Sanitation, dispensaries and jails vaccination Rajputana 1922-1927 - 1922-1927
Year: 1922
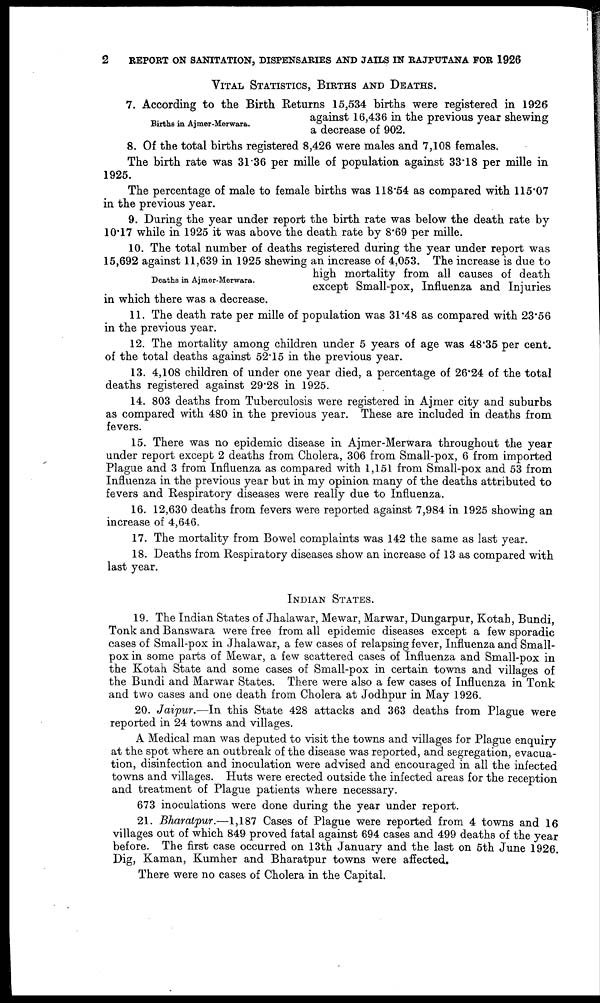
2
REPORT ON SANITATION, DISPENSARIES AND JAILS IN RAJPUTANA FOR 1926
VITAL STATISTICS, BIRTHS AND DEATHS.
Births in Ajmer-Merwara.
7. According to the Birth Returns 15,534 births were registered in 1926
against 16,436 in the previous year shewing
a decrease of 902.
8. Of the total births registered 8,426 were males and 7,108 females.
The birth rate was 31.36 per mille of population against 33.18 per mille in
1925.
The percentage of male to female births was 118.54 as compared with 115.07
in the previous year.
9. During the year under report the birth rate was below the death rate by
10.17 while in 1925 it was above the death rate by 8.69 per mille.
Deaths in Ajmer-Merwara.
10. The total number of deaths registered during the year under report was
15,692 against 11,639 in 1925 shewing an increase of 4,053. The increase is due to
high mortality from all causes of death
except Small-pox, Influenza and Injuries
in which there was a decrease.
11. The death rate per mille of population was 31.48 as compared with 23.56
in the previous year.
12. The mortality among children under 5 years of age was 48.35 per cent.
of the total deaths against 52.15 in the previous year.
13. 4,108 children of under one year died, a percentage of 26.24 of the total
deaths registered against 29.28 in 1925.
14. 803 deaths from Tuberculosis were registered in Ajmer city and suburbs
as compared with 480 in the previous year. These are included in deaths from
fevers.
15. There was no epidemic disease in Ajmer-Merwara throughout the year
under report except 2 deaths from Cholera, 306 from Small-pox, 6 from imported
Plague and 3 from Influenza as compared with 1,151 from Small-pox and 53 from
Influenza in the previous year but in my opinion many of the deaths attributed to
fevers and Respiratory diseases were really due to Influenza.
16. 12,630 deaths from fevers were reported against 7,984 in 1925 showing an
increase of 4,646.
17. The mortality from Bowel complaints was 142 the same as last year.
18. Deaths from Respiratory diseases show an increase of 13 as compared with
last year.
INDIAN STATES.
19. The Indian States of Jhalawar, Mewar, Marwar, Dungarpur, Kotah, Bundi,
Tonk and Banswara were free from all epidemic diseases except a few sporadic
cases of Small-pox in Jhalawar, a few cases of relapsing fever, Influenza and Small-
pox in some parts of Mewar, a few scattered cases of Influenza and Small-pox in
the Kotah State and some cases of Small-pox in certain towns and villages of
the Bundi and Marwar States. There were also a few cases of Influenza in Tonk
and two cases and one death from Cholera at Jodhpur in May 1926.
20. Jaipur.—In this State 428 attacks and 363 deaths from Plague were
reported in 24 towns and villages.
A Medical man was deputed to visit the towns and villages for Plague enquiry
at the spot where an outbreak of the disease was reported, and segregation, evacua-
tion, disinfection and inoculation were advised and encouraged in all the infected
towns and villages. Huts were erected outside the infected areas for the reception
and treatment of Plague patients where necessary.
673 inoculations were done during the year under report.
21. Bharatpur.—1,187 Cases of Plague were reported from 4 towns and 16
villages out of which 849 proved fatal against 694 cases and 499 deaths of the year
before. The first case occurred on 13th January and the last on 5th June 1926.
Dig, Kaman, Kumher and Bharatpur towns were affected.
There were no cases of Cholera in the Capital.